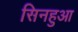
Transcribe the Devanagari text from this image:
सिनहुआ